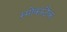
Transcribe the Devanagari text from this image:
स्मोकस्टैक